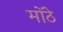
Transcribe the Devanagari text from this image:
मोंठे